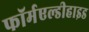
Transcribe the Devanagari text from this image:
फॉर्मएल्डीहाइड